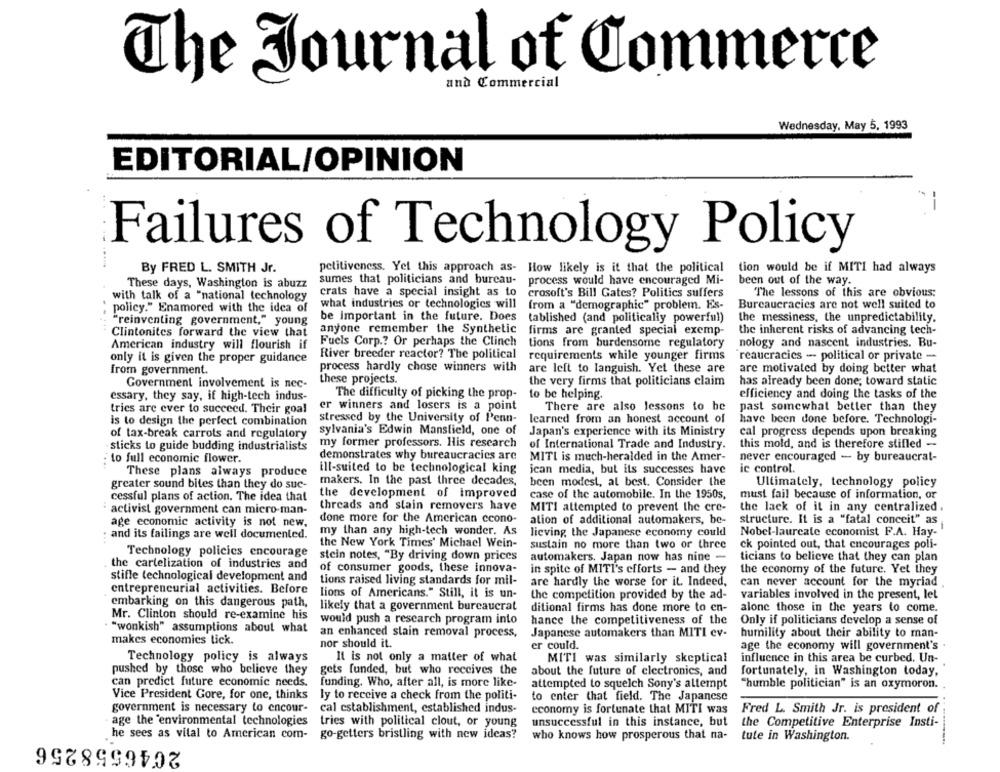
The Journal of Commerce
and Commercial
Wednesday, May 5, 1993
EDITORIAL/OPINION
--
Failures of Technology Policy
By FRED L. SMITH Jr.
petitiveness. Yet this approach as-
How likely is it that the political
tion would be if MITI had always
These days, Washington is abuzz
sumes that politicians and bureau-
process would have encouraged Mi-
been out of the way.
crats have a special insight as to
crosoft's Bill Gates? Politics suffers
The lessons of this are obvious:
with talk of a "national technology
policy." Enamored with the idea of
what industries or technologies will
from a "demographic" problem. Es-
Bureaucracies are not well suited to
be important in the future. Does
"reinventing government," young
tablished (and politically powerful)
the messiness, the unpredictability.
anyone remember the Synthetic
firms are granted special exemp-
the inherent risks of advancing tech-
Clintonites forward the view that
American industry will flourish if
Fuels Corp .? Or perhaps the Clinch
tions from burdensome regulatory
nology and nascent industries. Bu-
River breeder reactor? The political
requirements while younger firms
reaucracies - political or private -
only it is given the proper guidance
from government.
process hardly chose winners with
are left to languish. Yet these are
are motivated by doing better what
these projects.
Government involvement is nec-
the very firms that politicians claim
has already been done; toward static
to be helping.
efficiency and doing the tasks of the
essary, they say, if high-tech indus-
The difficulty of picking the prop-
er winners and losers is a point
There are also lessons to be
past somewhat better than they
tries are ever to succeed. Their goal
is to design the perfect combination
stressed by the University of Penn-
learned from an honest account of
have been done before. Technologi-
sylvania's Edwin Mansfield, one of
Japan's experience with its Ministry
cal progress depends upon breaking
of tax-break carrots and regulatory
· sticks to guide budding industrialists
my former professors. His research
of International Trade and Industry.
this mold, and is therefore stifled -
demonstrates why bureaucracies are
...
to full economic flower.
MITI is much-heralded in the Amer-
never encouraged - by bureaucrat-
These plans always produce
ill-suited to be technological king
ican media, but its successes have
ic control.
greater sound bites than they do suc-
makers. In the past three decades,
been modest, at best. Consider the
Ultimately, technology policy
the development of improved
case of the automobile. In the 1950s,
must fail because of information, or
cessful plans of action. The idea that
activist government can micro-man-
threads and stain removers have
MITI attempted to prevent the cre-
the lack of it in any centralized.
done more for the American ccono-
age economic activity is not new.
ation of additional automakers, be-
structure. It is a "fatal conceit" as
and its failings are well documented.
my than any high-tech wonder. As
licving the Japanese economy could
Nobel-laureate economist F.A. Hay-
the New York Times' Michael Wein-
sustain no more than two or three
ck pointed out, that encourages poli-
Technology policies encourage
stein notes, "By driving down prices
automakers. Japan now has nine -
ticians to believe that they can plan
the cartelization of industries and
of consumer goods, these innova-
in spite of MITI's efforts - and they
the economy of the future. Yet they
stifle technological development and
tions raised living standards for mil-
are hardly the worse for it. Indeed,
can never account for the myriad
entrepreneurial activities. Before
lions of Americans." Still, it is un-
the competition provided by the ad-
variables involved in the present, let
embarking on this dangerous path,
likely that a government bureaucrat
ditional firms has done more to en-
alone those in the years to come.
Mr. Clinton should re-examine his
would push a research program into
hance the competitiveness of the
Only if politicians develop a sense of
"wonkish" assumptions about what
an enhanced slain removal process,
Japanese automakers than MITI ev-
humility about their ability to man-
makes economics lick.
nor should it.
er could.
age the economy will government's
Technology policy is always
It is not only a matter of what
MITI was similarly skeptical
influence in this area be curbed. Un-
pushed by those who believe they
gets funded, but who receives the
fortunately, in Washington today,
about the future of electronics, and
can predict future economic needs.
funding. Who, after all, is more like-
attempted to squelch Sony's attempt
"humble politician" is an oxymoron.
Vice President Gore, for one, thinks
ly to receive a check from the politi-
to enter that field. The Japanese
government is necessary to encour-
cal establishment, established indus-
economy is fortunate that MITI was
Fred L. Smith Jr. is president of
age the 'environmental technologies
tries with political clout, or young
unsuccessful in this instance, but
the Competitive Enterprise Insti-
he sees as vital to American com-
2046558256
go-getters bristling with new ideas?
who knows how prosperous that na-
tute in Washington.